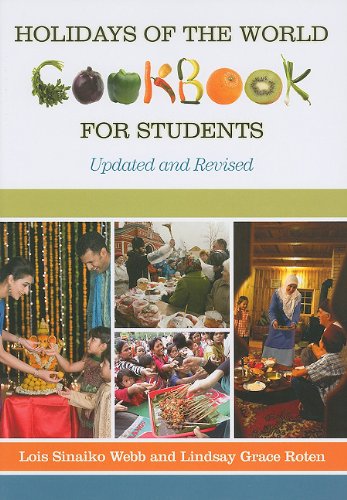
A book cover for Holidays of the World Cookbook for Students, 2nd Edition; Lois Sinaiko Webb; Teen & Young Adult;